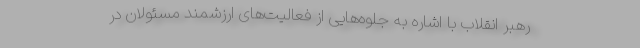
رهبر انقلاب با اشاره به جلوه‌هایی از فعالیت‌های ارزشمند مسئولان در